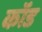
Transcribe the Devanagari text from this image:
कॉंड